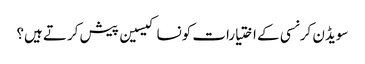
سویڈن کرنسی کے اختیارات کونسا کیسین پیش کرتے ہیں؟